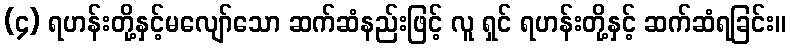
(၄) ရဟန်းတို့နှင့်မလျော်သော ဆက်ဆံနည်းဖြင့် လူ ရှင် ရဟန်းတို့နှင့် ဆက်ဆံရခြင်း။